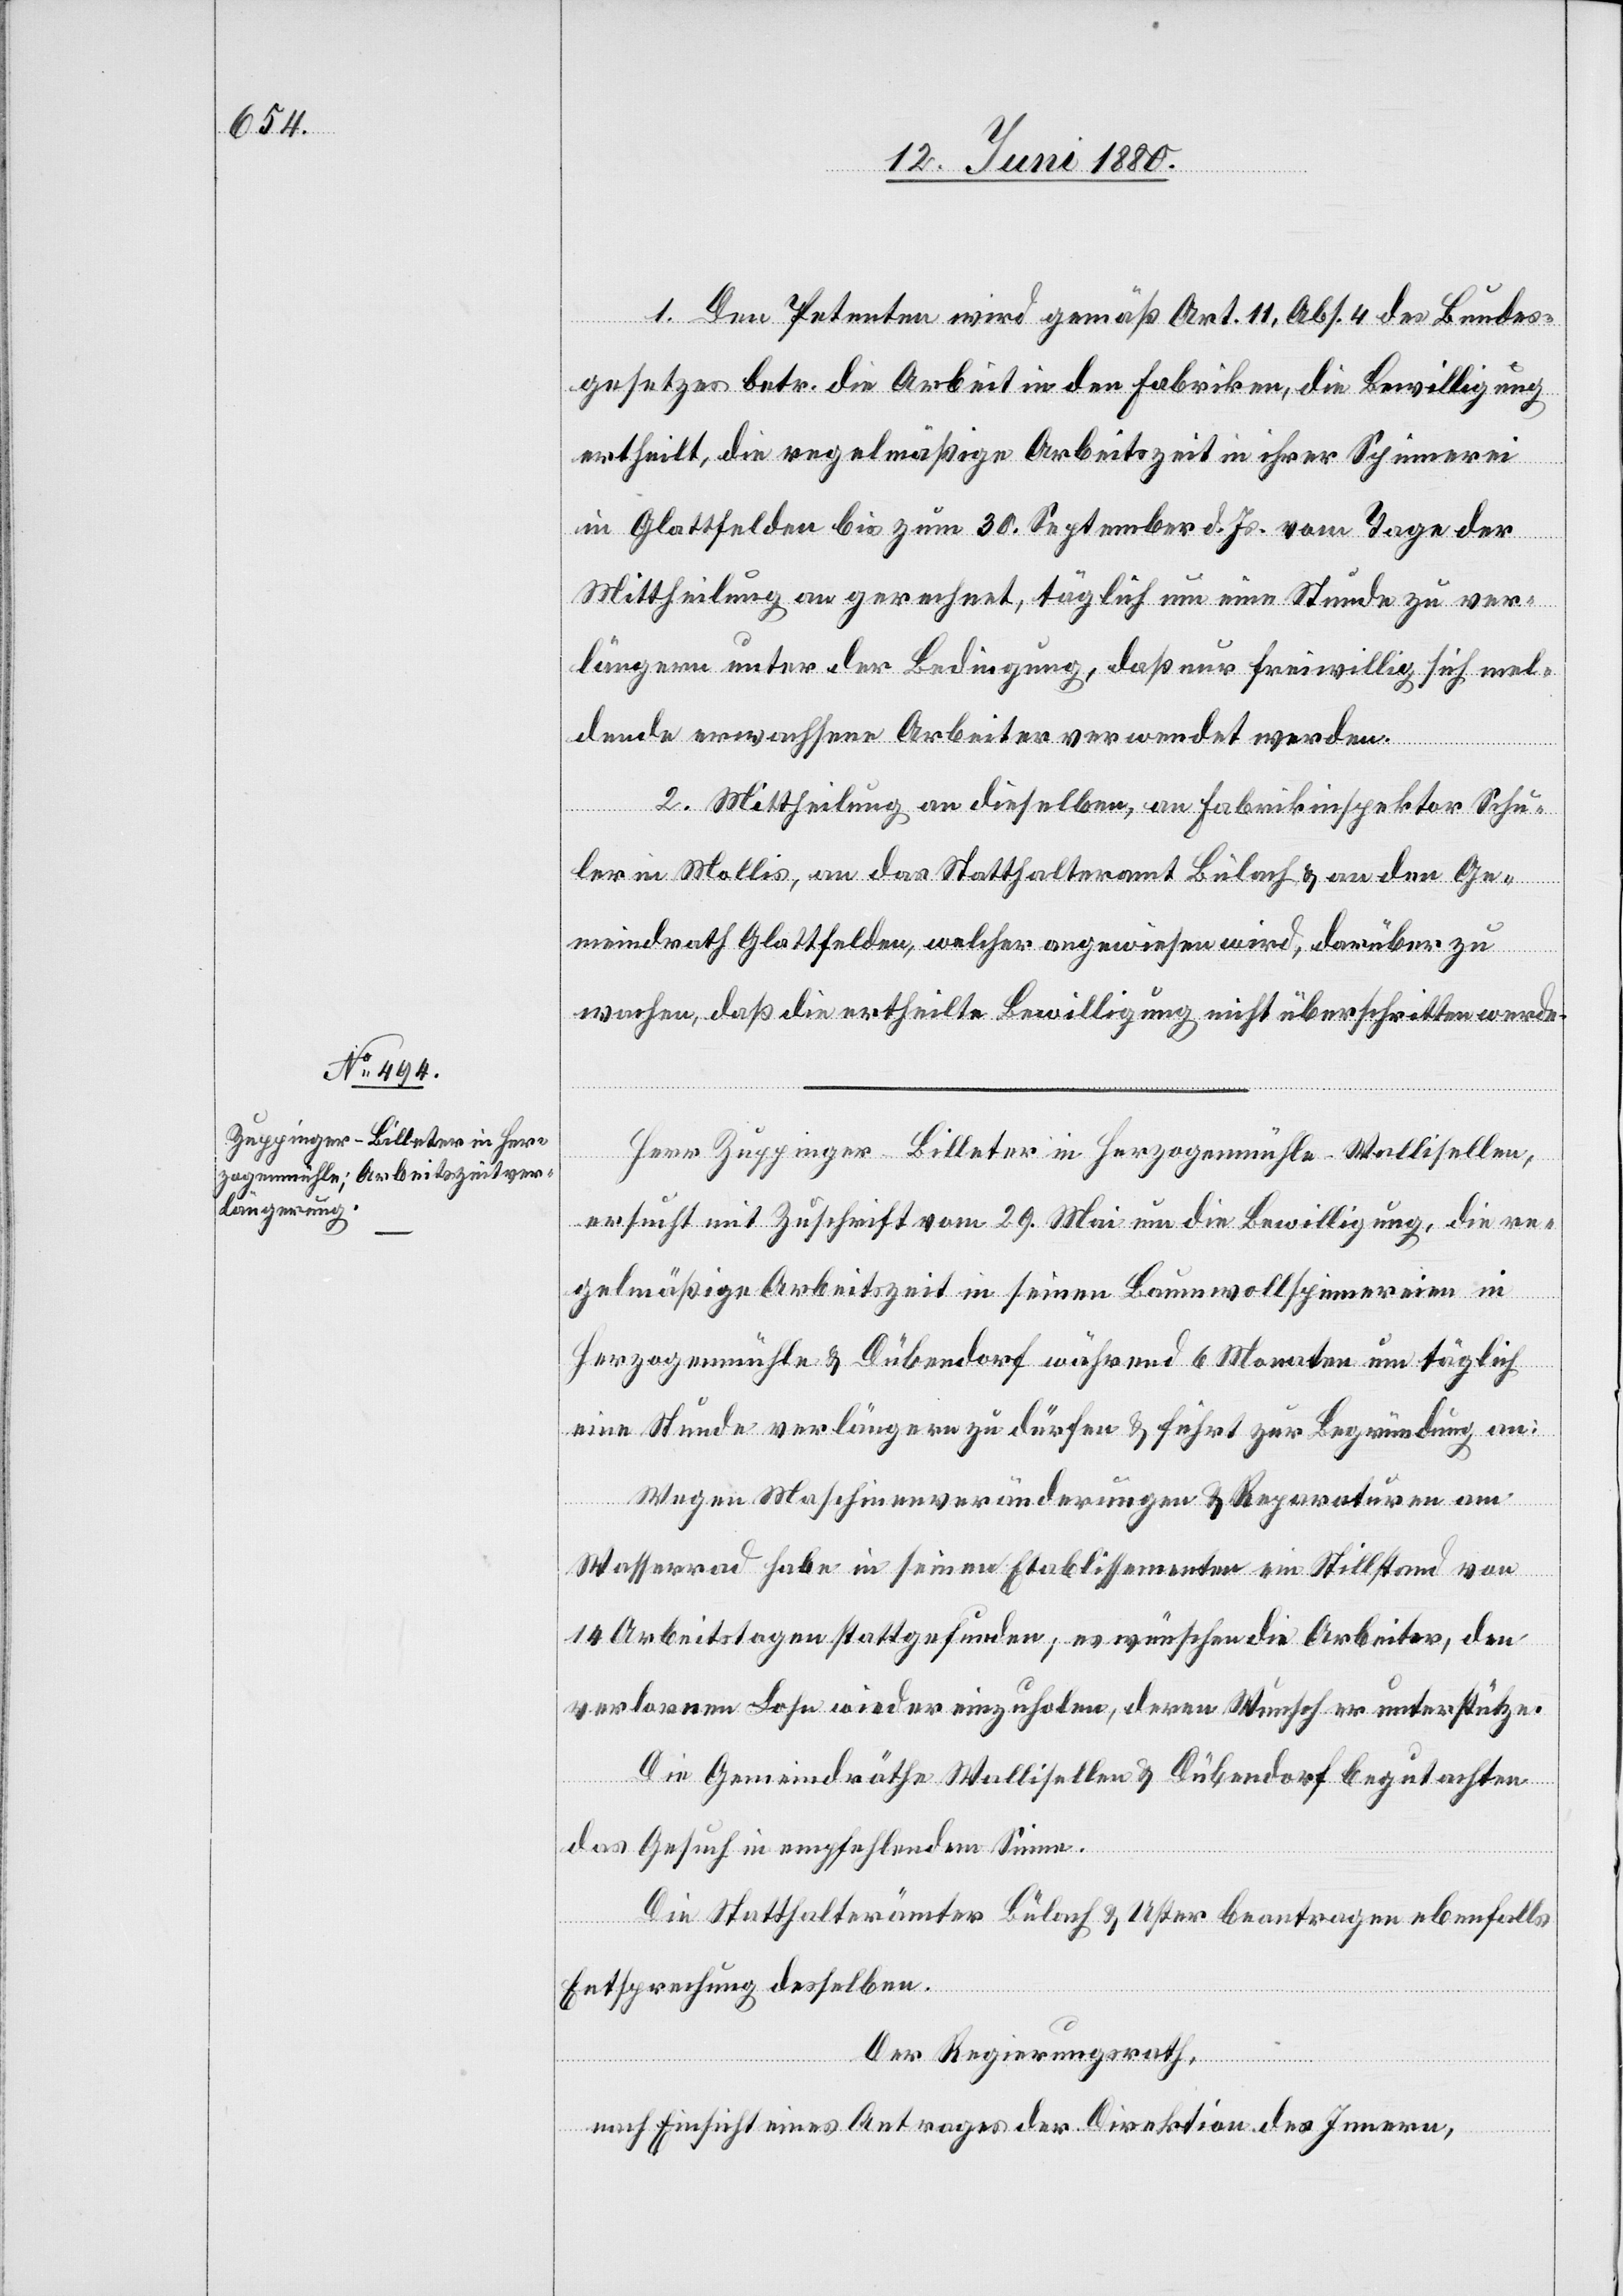
1. Den Petenten wird gemäß Art. 11, Abs. 4 des Bundes¬
gesetzes betr. die Arbeit in den Fabriken, die Bewilligung
ertheilt, die regelmäßige Arbeitszeit in ihrer Spinnerei
in Glattfelden bis zum 30. September d. Js. vom Tage der
Mittheilung an gerechnet, täglich um eine Stunde zu ver¬
längern unter der Bedingung, daß nur freiwillig sich mel¬
dende erwachsene Arbeiter verwendet werden.
2. Mittheilung an dieselben, an Fabrikinspektor Schu¬
ler in Mollis, an das Statthalteramt Bülach & an den Ge¬
meindrath Glattfelden, welcher angewiesen wird, darüber zu
wachen, daß die ertheilte Bewilligung nicht überschritten werde.
Herr Zuppinger-Billeter in Herzogenmühle - Wallisellen,
ersucht mit Zuschrift vom 29. Mai um die Bewilligung, die re¬
gelmäßige Arbeitszeit in seinen Baumwollspinnereien in
Herzogenmühle & Dübendorf während 6 Monaten um täglich
eine Stunde verlängern zu dürfen & führt zur Begründung an:
Wegen Maschinenveränderungen & Reparaturen am
Wasserrad habe in seinen Etablissementen ein Stillstand von
14 Arbeitstagen stattgefunden; es wünschen die Arbeiter, den
verlornen Lohn wieder einzuholen, deren Wunsch er unterstütze.
Die Gemeindräthe Wallisellen & Dübendorf begutachten
das Gesuch in empfehlendem Sinne.
Die Statthalterämter Bülach & Dübendorf beantragen ebenfalls
Entsprechung desselben.
Der Regierungsrath;
nach Einsicht eines Antrages der Direktion des Innern,